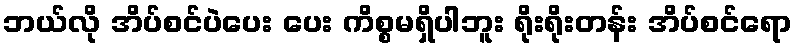
ဘယ်လို အိပ်စင်ပဲပေး ပေး ကိစ္စမရှိပါဘူး ရိုးရိုးတန်း အိပ်စင်ရော